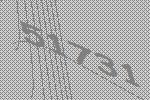
51731